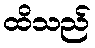
ထိသည်